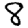
Digit: 8